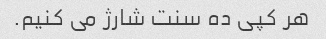
هر کپی ده سنت شارژ می کنیم.